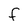
Character: f